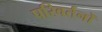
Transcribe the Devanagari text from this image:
परिवर्तनोँ